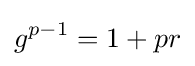
g^{p-1}=1+pr